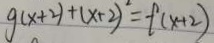
g ( x + 2 ) + ( x + 2 ) ^ { 2 } = f ( x + 2 )